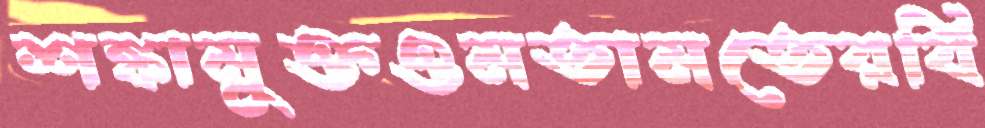
শঙ্কামুক্তওমতামতেরবি